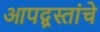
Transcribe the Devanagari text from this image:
आपद्ग्रस्तांचे